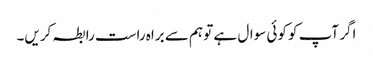
اگر آپ کو کوئی سوال ہے تو ہم سے براہ راست رابطہ کریں۔